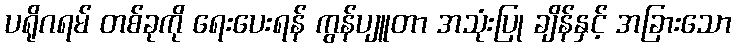
ပရိုဂရမ် တစ်ခုကို ရေးပေးရန် ကွန်ပျူတာ အသုံးပြု ချိန်နှင့် အခြားသော